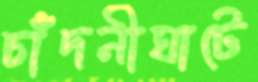
চাঁদনীঘাটে